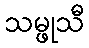
သမ္ဖုသီ